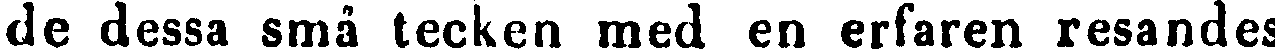
de dessa små tecken med en erfaren resandes